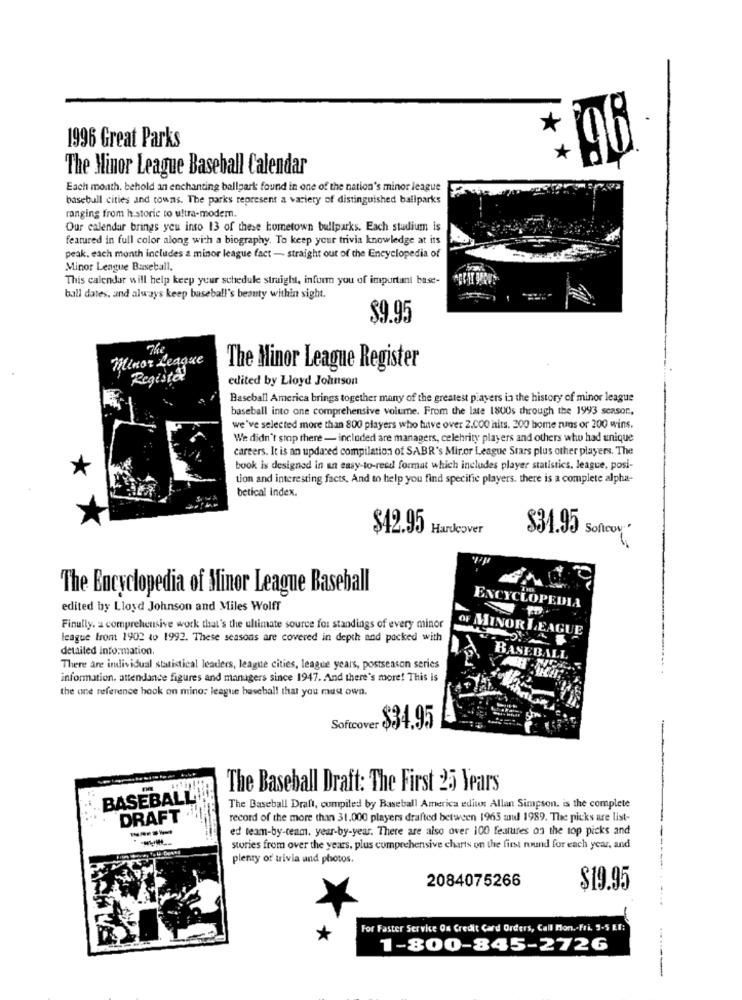
1996 Great Parks
The Minor League Baseball Calendar
Each month. behold an enchanting ballpark found in one of the nation's minor league
baseball cities and towns. The parks represent a variety of distinguished ballparks
ranging from historic to ultra-modern.
Our calendar brings you inso 13 of these hometown ballparks. Each studium is
featured in full color along with a biography. To keep your trivia knowledge at its
peak, each month includes a minor league fact - straight out of the Encyclopedia of
Minor League Baseball.
This calendar will help keep your schedule straight, inform you of important base-
ball dates, and always keep baseball's beauty within sight.
$9.95
Te
Minor League
The Minor League Register
Regista
edited by Lloyd Johnson
Baseball America brings together many of the greatest players in the history of minor league
baseball into one comprehensive volume. From the late 1800s through the 1993 season,
we've selected more than 800 players who have over 2.000 hits. 200 home runs or 200 wins.
We didn't stop there - included are managers, celebrity players and others who had unique
careers. It is an updated compilation of SABR's Miror League Stars plus other players. The
book is designed in an easy-to-reed format which includes player statistics. league, posi-
tion and interesting facts, And to help you find specific players. there is a complete alpha-
betical index.
$42.95 Hardcover
$31.95
Soficou.
The Encyclopedia of Minor League Baseball
edited by Lloyd Johnson and Miles Wolff
ENCYCLOPEDIA
Finally. a comprehensive work that's the ultimate source for standings of every minor
OF MINOR LEAGUE
league front 2902 to 1992. These seasons are covered in depth and packed with
detailed Information.
BASEBALL
There are individual statistical leaders, league cities, league years, postseason series
information. attendance figures and managers since 1947. And there's more! This is
the one reference hook on mino: league baseball that you must own.
----
Softcover
$34.95
The Baseball Draft: The First 25 Years
BASEBALL
The Baseball Draft, compiled by Baseball America edit: Allan Simpson. is the complete
DRAFT
record of the more than 31.000 players drafted between 1965 mul 1989. The picks are list-
-----
ed team-by-team. year-by-year. There are also over 100 features on the top picks and
stories from over the years, plus comprehensive charts on the first round for each year, and
plenty of trivia und photos.
2084075266
$19.95
For Faster Service On Credit Card Orders, Call Mon .. Fri. 3-5 ET:
1-800-845-2726